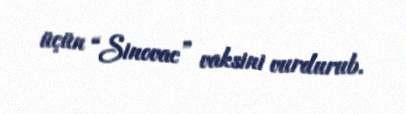
üçün “Sinovac” vaksini vurdurub.